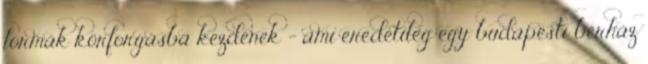
formák körforgásba kezdenek - ami eredetileg egy budapesti bérház